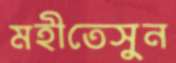
মহীতেসুন